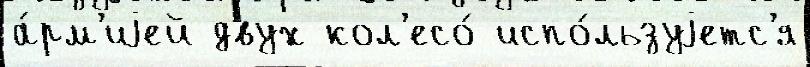
а́рм'иjей двух кол'есо́ испо́льзуjетс'я